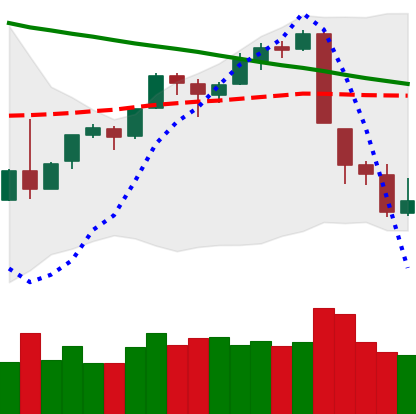
Ticker: BTC-USD
Chart end date: 2018-09-09
Forward return: 3.362%
Label: up_3_5